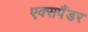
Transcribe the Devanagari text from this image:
एक्सपैंडर